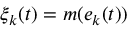
\xi _ { k } ( t ) = m ( e _ { k } ( t ) )